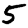
Digit: 5